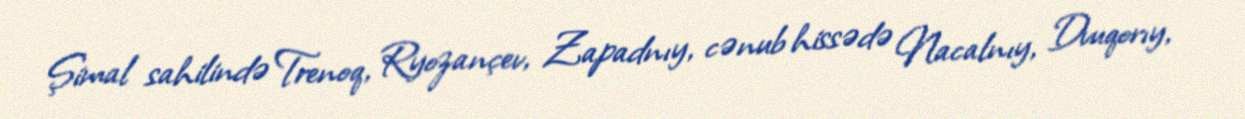
Şimal sahilində Trenoq, Ryozançev, Zapadnıy, cənub hissədə Nacalnıy, Dvuqorıy,